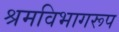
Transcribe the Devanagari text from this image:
श्रमविभागरूप